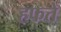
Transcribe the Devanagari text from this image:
हफते